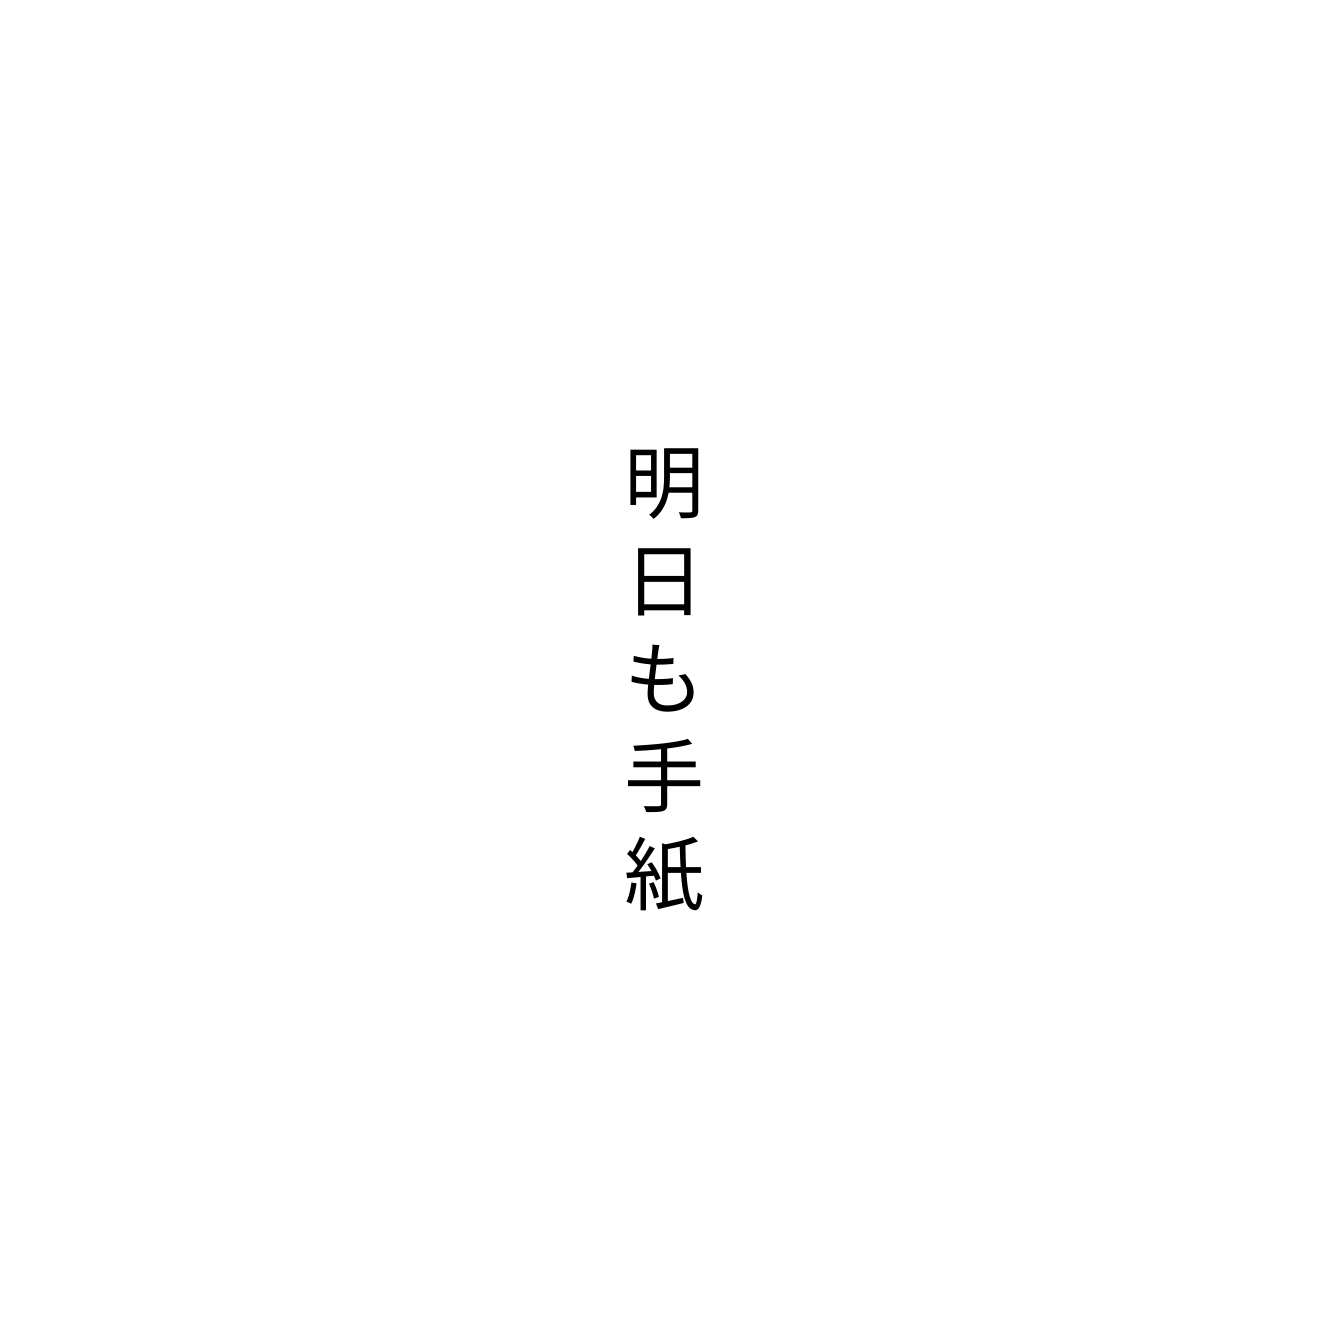
明日も手紙